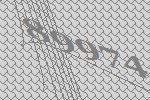
89974